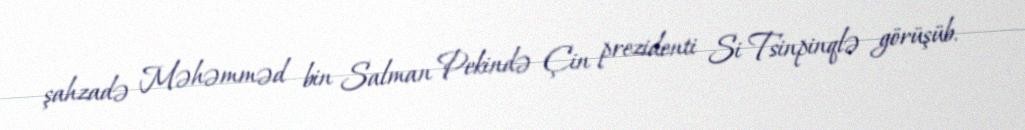
şahzadə Məhəmməd bin Salman Pekində Çin prezidenti Si Tsinpinqlə görüşüb.